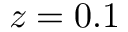
z = 0 . 1